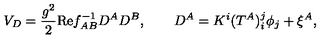
V _ { D } = \frac { g ^ { 2 } } 2 \mathrm { R e } f _ { A B } ^ { - 1 } D ^ { A } D ^ { B } , \qquad D ^ { A } = K ^ { i } ( T ^ { A } ) _ { i } ^ { j } \phi _ { j } + \xi ^ { A } ,